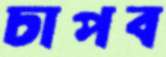
চাপব